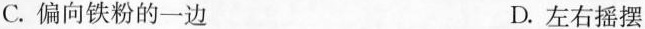
C.偏向铁粉的一边 D.左右摇摆